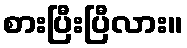
စားပြီးပြီလား။